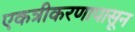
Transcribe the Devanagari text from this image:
एकत्रीकरणापासून